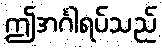
ဤအင်္ဂါရပ်သည်